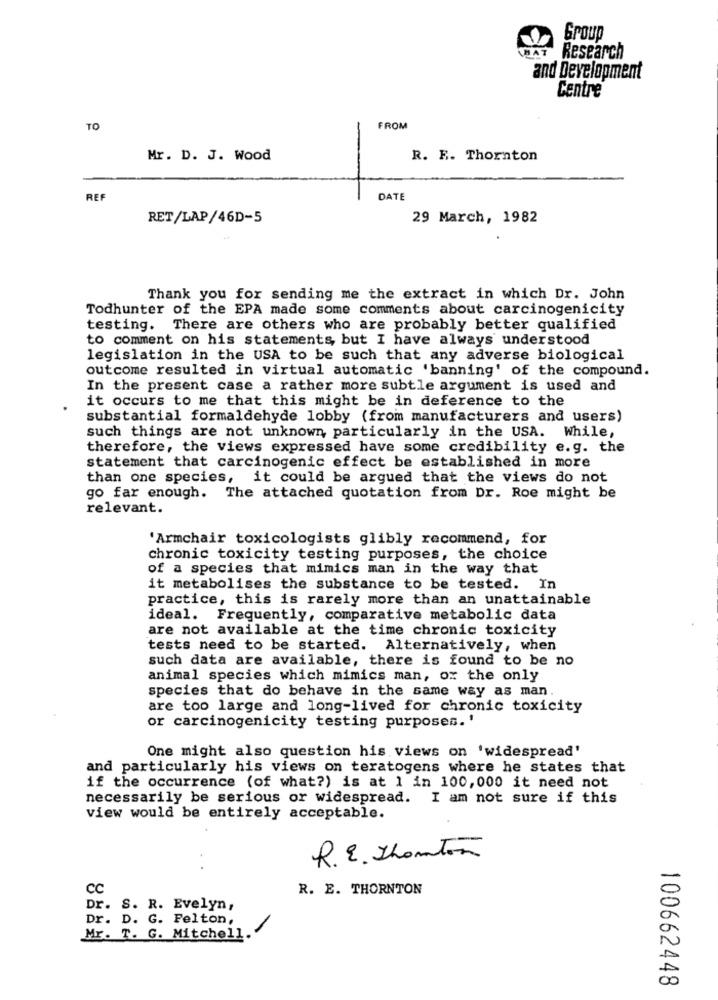
Group
HAT
Research
and Development
Centre
TO
FROM
Mr. D. J. Wood
R. E. Thornton
REF
DATE
RET/LAP/46D-5
29 March, 1982
Thank you for sending me the extract in which Dr. John
Todhunter of the EPA made some comments about carcinogenicity
testing. There are others who are probably better qualified
to comment on his statements, but I have always understood
legislation in the USA to be such that any adverse biological
outcome resulted in virtual automatic 'banning' of the compound.
In the present case a rather more subtle argument is used and
it occurs to me that this might be in deference to the
substantial formaldehyde lobby (from manufacturers and users)
such things are not unknown, particularly in the USA. While,
therefore, the views expressed have some credibility e.g. the
statement that carcinogenic effect be established in more
than one species, it could be argued that the views do not
go far enough. The attached quotation from Dr. Roe might be
relevant.
'Armchair toxicologists glibly recommend, for
chronic toxicity testing purposes, the choice
of a species that mimics man in the way that
it metabolises the substance to be tested. In
practice, this is rarely more than an unattainable
ideal. Frequently, comparative metabolic data
are not available at the time chronic toxicity
tests need to be started. Alternatively, when
such data are available, there is found to be no
animal species which mimics man, ox the only
species that do behave in the same way as man.
are too large and long-lived for chronic toxicity
or carcinogenicity testing purposes. '
One might also question his views on 'widespread'
and particularly his views on teratogens where he states that
if the occurrence (of what?) is at 1 in 100,000 it need not
necessarily be serious or widespread. I am not sure if this
view would be entirely acceptable.
R. E. ThomTon
..
cc
R. E. THORNTON
Dr. S. R. Evelyn,
Dr. D. G. Felton,
Mr. T. G. Mitchell
100662448